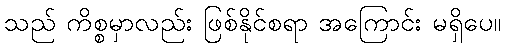
သည် ကိစ္စမှာလည်း ဖြစ်နိုင်စရာ အကြောင်း မရှိပေ။